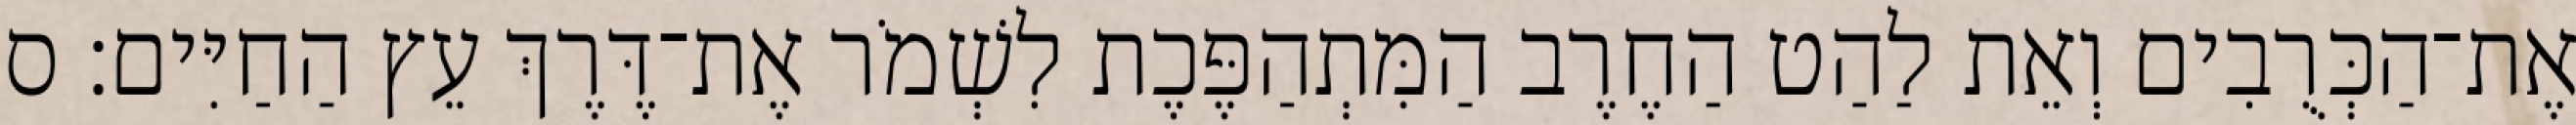
אֶת־הַכְּרֻבִים וְאֵת לַהַט הַחֶרֶב הַמִּתְהַפֶּכֶת לִשְׁמֹר אֶת־דֶּרֶךְ עֵץ הַחַיִּים׃ ס